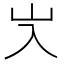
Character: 㞥